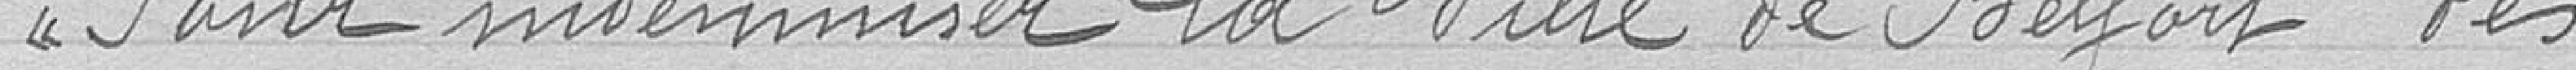
Pour indemniser la Ville de Belfort des